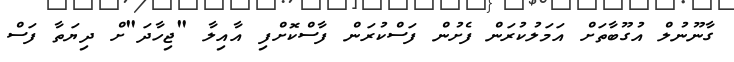
ގާނޫނުލް އުގޫބާތަށް އަމަލުކުރަން ފެށުން ފަސްކުރަން ފާސްކޮށްފި އާއިލާ "ޖިހާދަ"ށް ދިޔަތާ ފަސް